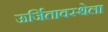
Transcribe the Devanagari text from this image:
ऊर्जितावस्थेला